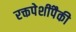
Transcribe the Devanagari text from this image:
रक्तपेशींपैकी